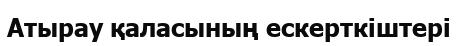
Атырау қаласының ескерткіштері